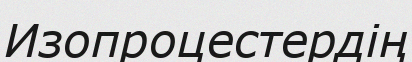
Изопроцестердің